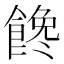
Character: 𩝎